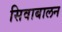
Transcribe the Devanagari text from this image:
सिवाबालन